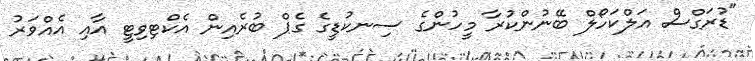
"ޑުރަގްސް އަލްކަހޯލް ބޭނުންކުރާ މީހުންގެ ސިނކުޑީގެ ގެޕް ބުރެއިން އެކްޓިވިޓީ އާއި އެއްވަރު